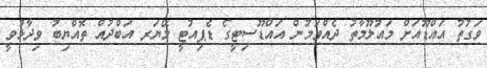
ވަގުތު އައްޑޫއަށް މައުލޫމާތު ދެއްވަމުން އައްޑޫސިޓީގެ ޑެޕިއުޓީ މޭޔަރ އަބްދުއް ތޮއްޔިބު ވިދާޅުވީ